Source: Handwritten
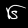
Digit: ၆ (6)